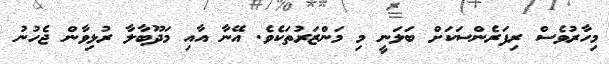
މިހާރުވެސް ރިފަރެންސަކަށް ބަލަނީ މި މަންޒަރުތަކެވެ. އޭނާ އާއި މަދޫބާލާ ރުޅިވާން ޖެހުނު